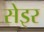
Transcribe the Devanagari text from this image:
सेइर